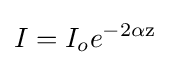
I=I_{o}{e}^{-2\alpha \mathrm {z} }